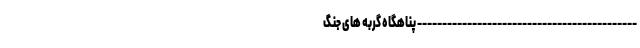
-------------------------------------------- پناهگاه گربه‌ های جنگ